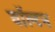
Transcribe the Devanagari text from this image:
वाॅल्टन